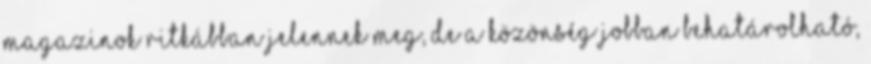
magazinok ritkábban jelennek meg, de a közönség jobban behatárolható,